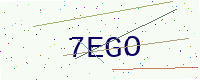
Text: 7EGO